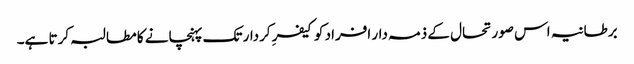
برطانیہ اس صورتحال کے ذمہ دار افراد کو کیفرِ کردار تک پہنچانے کا مطالبہ کرتا ہے۔